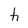
Character: h